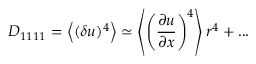
D _ { 1 1 1 1 } = \left\langle { ( \delta u ) ^ { 4 } } \right\rangle \simeq \left\langle { \left( \frac { \partial u } { \partial x } \right) ^ { 4 } } \right\rangle r ^ { 4 } + . . .